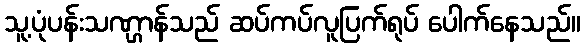
သူ့ပုံပန်းသဏ္ဌာန်သည် ဆပ်ကပ်လူပြက်ရုပ် ပေါက်နေသည်။